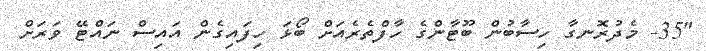
"35- މެދުރޮނގާ ހިސާބުން ބޫޓާންގެ ހާފްތެރެއަށް ބޯޅަ ހިފައިގެން އައިސް ނައްޓޭ ވަރަށް